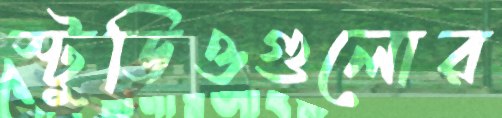
স্টুডিওগুলোর